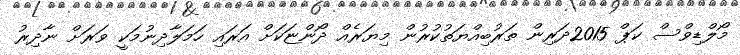
މޯލްޑިވްސް ކަޕް 2015ދަރިން ތަރުބިއްޔަތުކުރުން މިޔަރެއް ދޯންޏަކަށް އަރައި ހަމަލާދިނުމަކީ ވަރަށް ނާދިރު